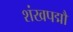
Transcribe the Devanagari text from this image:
शंखपद्मौ